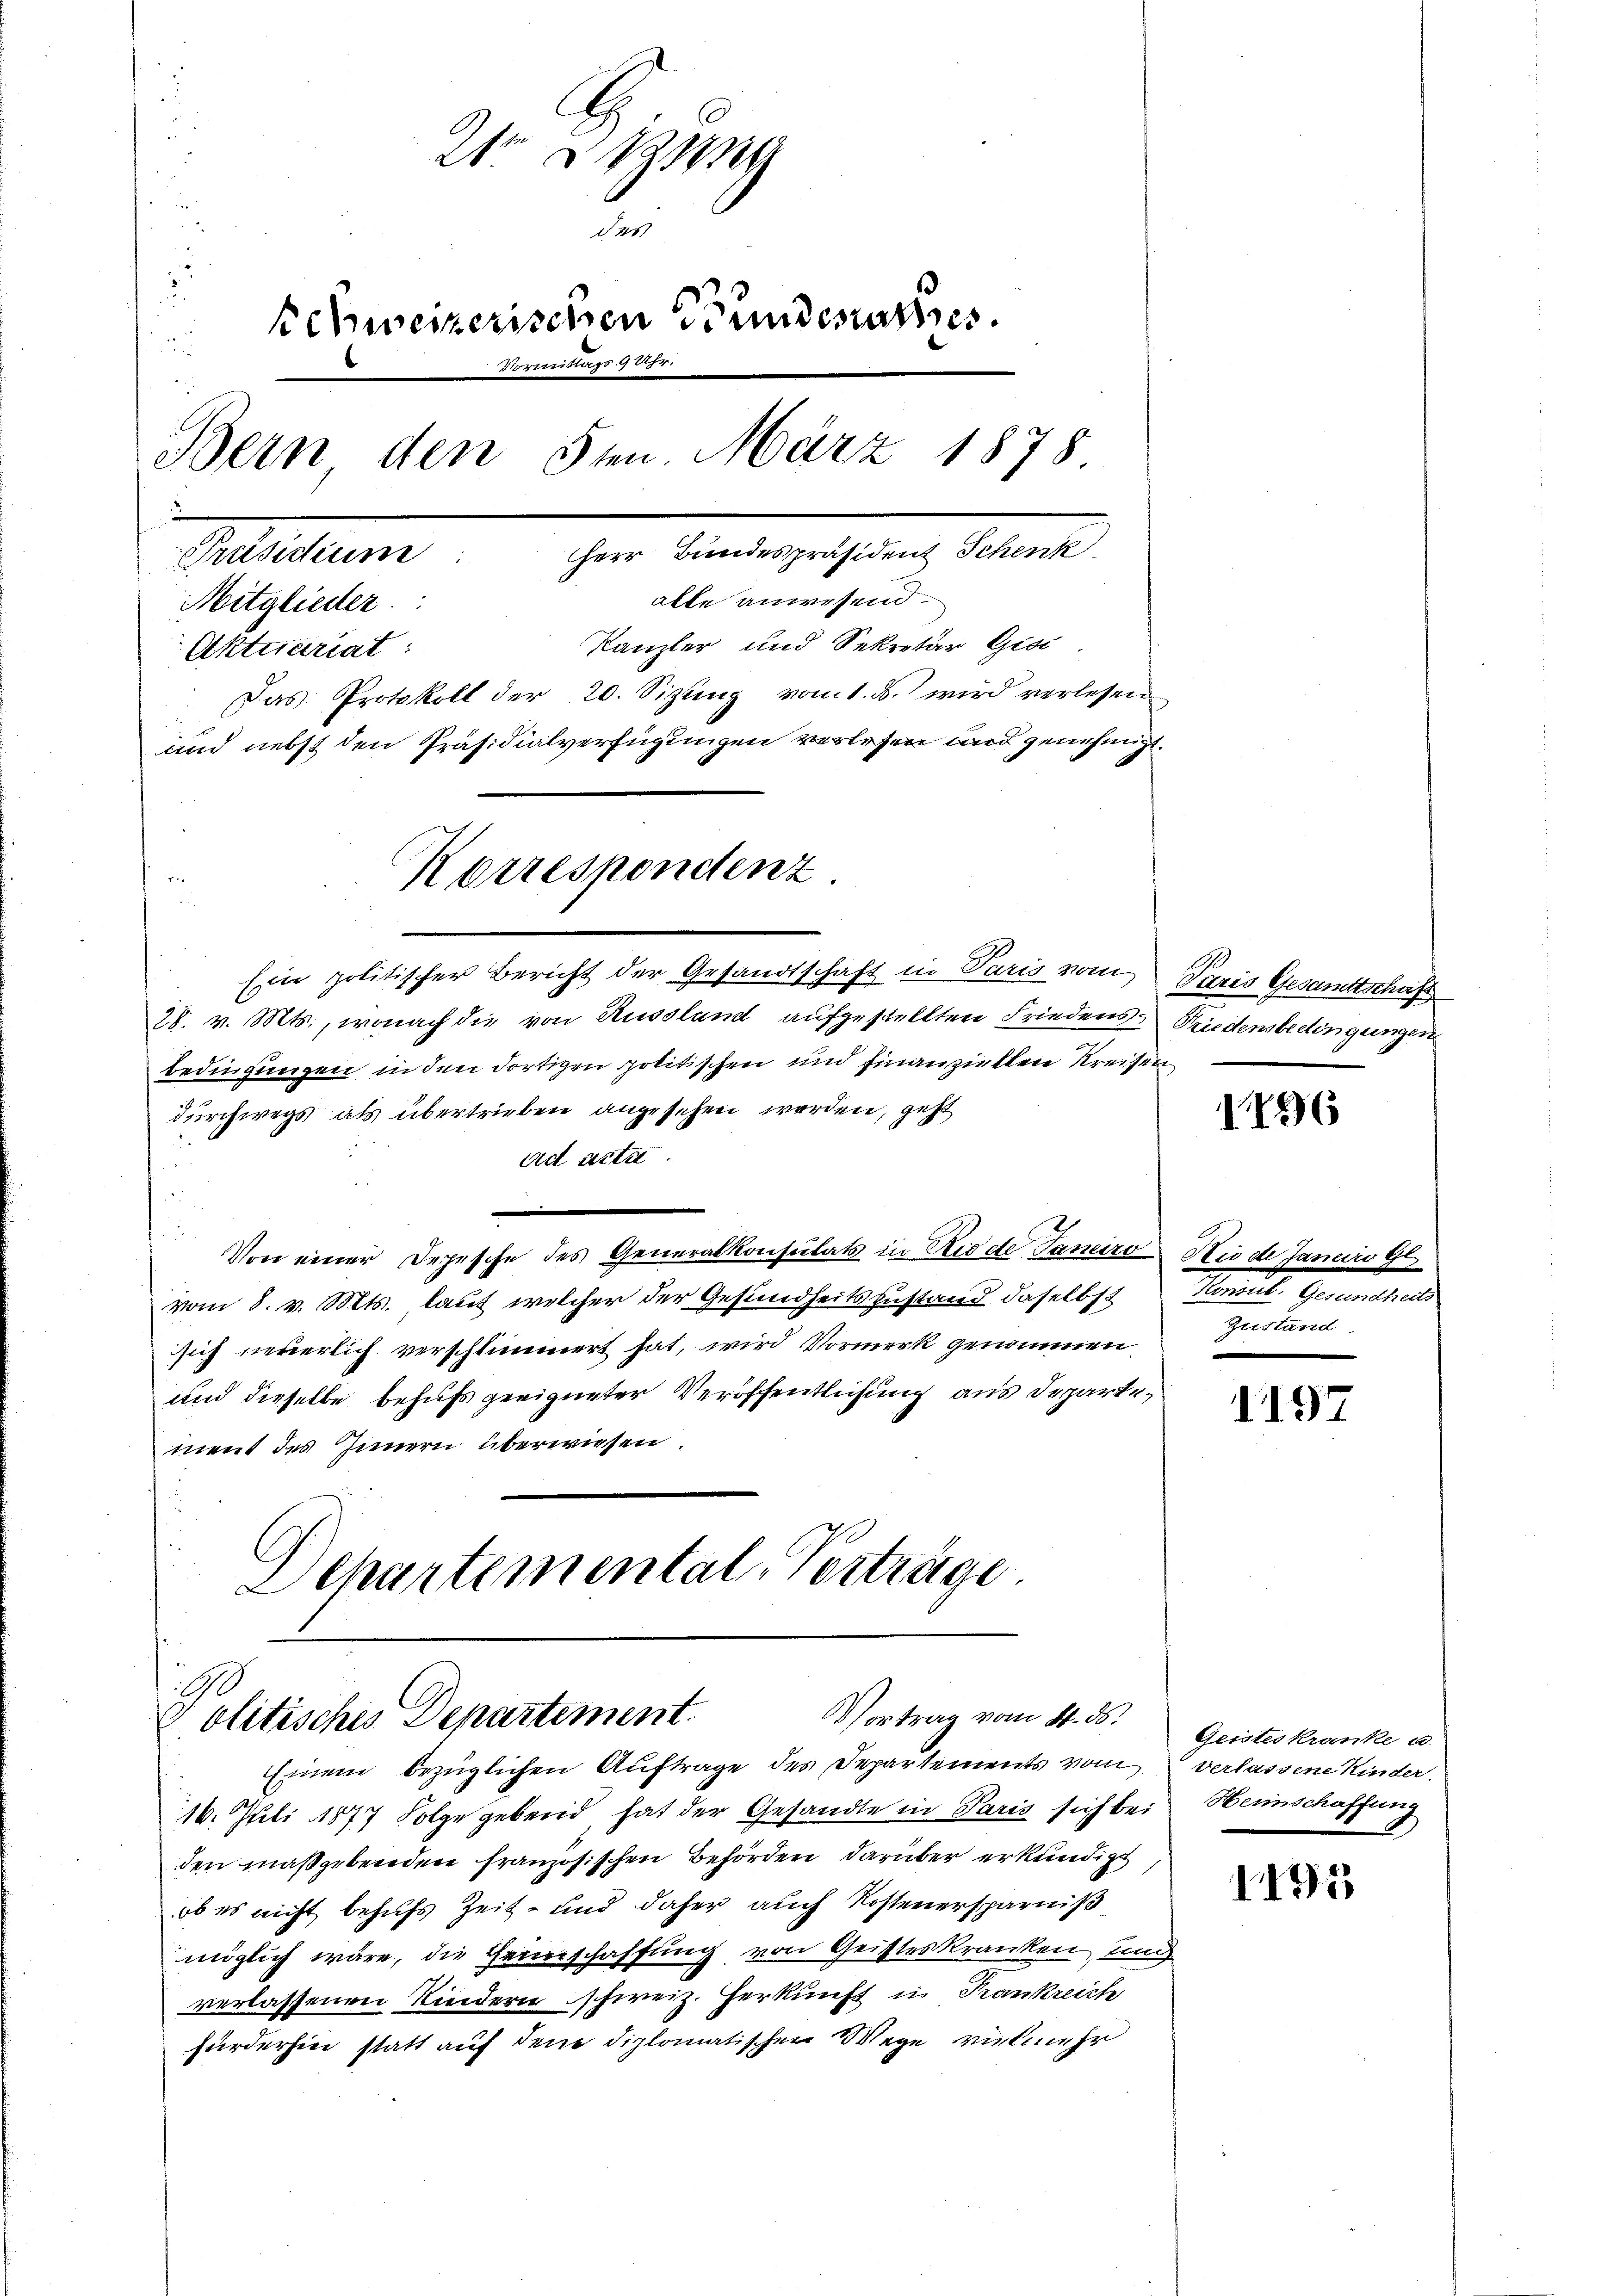
21
i
das
2
.
Schweizerischen Bundesrathes
rmittags 9 Uhr.
Bern den 5ten März 1878
e
Präsidium. Herr Bundespräsident Schenk
alle anwesend.
Mitglieder
Kanzler und Sekretär Gisi
Aktuariat
 Das Protokoll der 20. Sizling vom 1. d. wird verlesen
und nebst den Präsidialverfügungen verlesen und genehmigt.
Korrespondenz.
.

Ein politischer Bericht der Gesandtschaft in Paris vom Paris Gesamttschaft
28. v. Mts., wonach die von Russland aufgestellten Friedens- Friedensbedingungen
bedingungen in den dortigen politischen und hinanziellen Kreisen
durchwegs als übertrieben angesehen werden, geht
ad acta.
Von einer Depesche des Generalkonsulats in Riede Janeiro Hie de Janeiro Gl.
vom 8. v. Mts. laut welcher der Gesundheitszustand daselbst
sich neuerlich verschlimmert hat, wird Vormerk genommen
und dieselbe behufs geeigneter Veröffentlichung aus Departement des Innern überwiesen.
e
Separtemental-Verträge

Vortrag vom 8. ds.
G olitisches Departement.

Einem bezüglichen Auftrage des Departements vom
16. Juli 1877 Folge gebend hat der Gesandte in Paris sich bei
den maßgebenden französischen Behörden darüber erkundigt
ob es nicht behufs Zeit- und daher auch Kostenersparniß
möglich wäre, die Heinschaffung von Geisteskranken, und
verlassenen Kindern schweiz. Herkunft in Krankreich
fürderhin statt auf den diplomatischen Wege vielmehr

1296

Manterl. Gesamthei
Zustand

1197

Geisteskranke u.
Verlassene Kinder.
Heimschaffung

1195